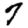
Digit: 7